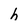
Character: h